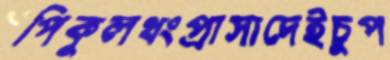
পিকুলথংপ্রাসাদেইচুপ